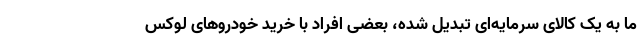
ما به یک کالای سرمایه‌ای تبدیل شده، بعضی افراد با خرید خودروهای لوکس